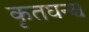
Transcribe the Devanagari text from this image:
कृतघन्श्च